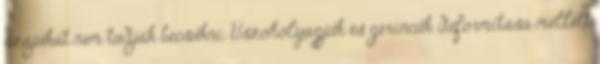
szájukat nem tudják becsukni. Úszóhólyagjuk és gerincük deformitása mellett